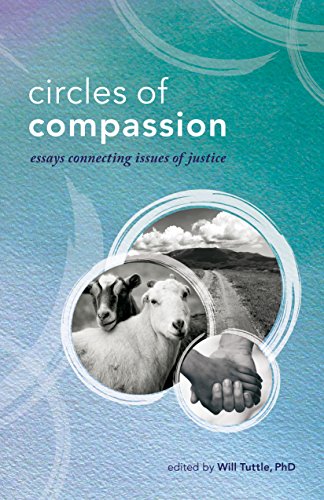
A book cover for Circles of Compassion: Essays Connecting Issues of Justice; Will Tuttle; Science & Math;